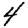
Digit: 4